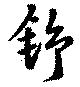
舒